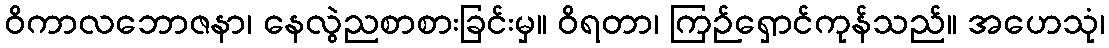
ဝိကာလဘောဇနာ၊ နေလွဲညစာစားခြင်းမှ။ ဝိရတာ၊ ကြဉ်ရှောင်ကုန်သည်။ အဟေသုံ၊